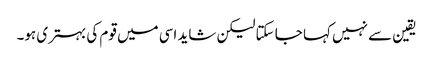
یقین سے نہیں کہا جا سکتا لیکن شاید اسی میں قوم کی بہتری ہو۔